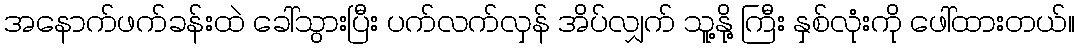
အနောက်ဖက်ခန်းထဲ ခေါ်သွားပြီး ပက်လက်လှန် အိပ်လျှက် သူ့နို့ ကြီး နှစ်လုံးကို ဖေါ်ထားတယ်။